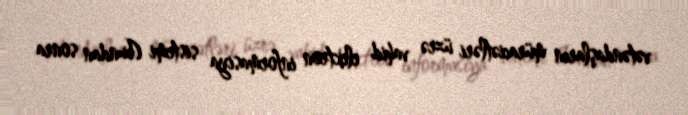
vətəndaşların müraciətləri üzrə vahid elektron informasiya sistemi (bundan sonra